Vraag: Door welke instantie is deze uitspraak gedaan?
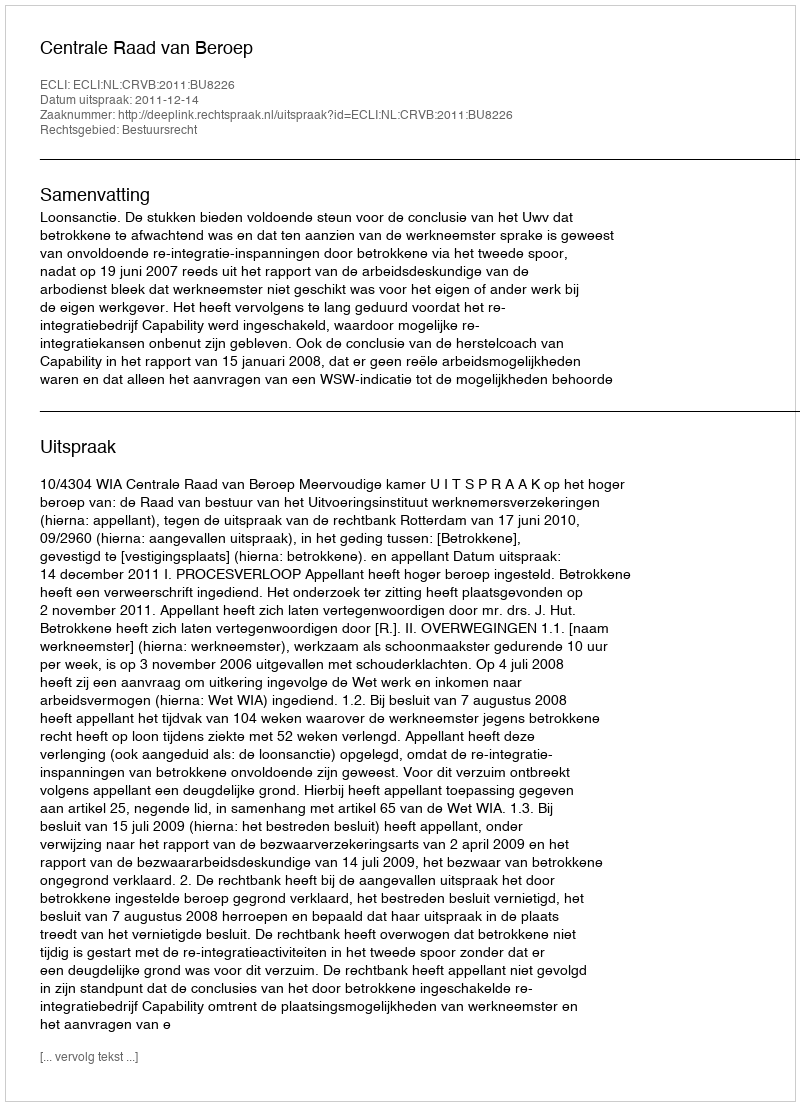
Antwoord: Centrale Raad van Beroep